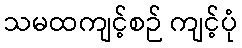
သမထကျင့်စဉ် ကျင့်ပုံ